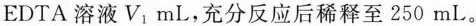
EDTA溶液V _ { 1}mL，充分反应后稀释至250mL。